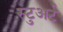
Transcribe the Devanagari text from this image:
स्‍टुअर्ट